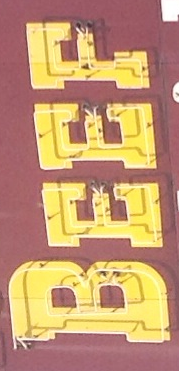
BEEF